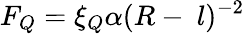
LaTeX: F_{Q}=\xi_{Q}\alpha(R-~l)^{-2}